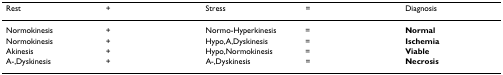
<table><thead><tr><td><b>Rest</b></td><td><b>+</b></td><td><b>Stress</b></td><td><b>=</b></td><td><b>Diagnosis</b></td></tr></thead><tbody><tr><td>Normokinesis</td><td>+</td><td>Normo-Hyperkinesis</td><td>=</td><td><b>Normal</b></td></tr><tr><td>Normokinesis</td><td>+</td><td>Hypo,A,Dyskinesis</td><td>=</td><td><b>Ischemia</b></td></tr><tr><td>Akinesis</td><td>+</td><td>Hypo,Normokinesis</td><td>=</td><td><b>Viable</b></td></tr><tr><td>A-,Dyskinesis</td><td>+</td><td>A-,Dyskinesis</td><td>=</td><td><b>Necrosis</b></td></tr></tbody></table>